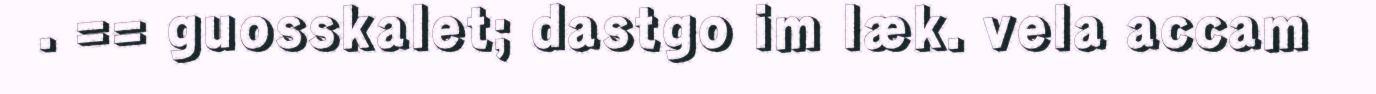
. == guosskalet; dastgo im læk. vela accam